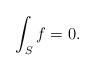
LaTeX: \begin{align*}\int_S f = 0.\end{align*}